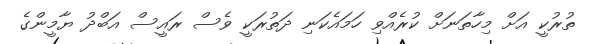
ތުރުކީ އަށް މިހާތަނަށް ކުރެއްވި ހަމައެކަނި ދަތުރަކީ ވެސް ރައީސް އަބްދު ޔާމީންގެ